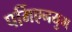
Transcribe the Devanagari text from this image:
पर्मिएनयुग